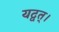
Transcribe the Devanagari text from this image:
यद्वत्।